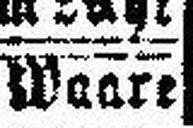
Waart